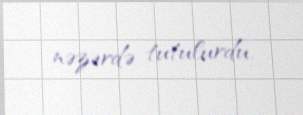
nəzərdə tutulurdu.